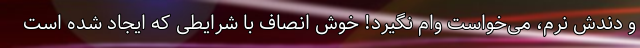
و دندش نرم، می‌خواست وام نگیرد! خوش انصاف با شرایطی که ایجاد شده است